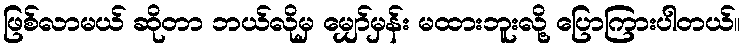
ဖြစ်လာမယ် ဆိုတာ ဘယ်လိုမှ မျှော်မှန်း မထားဘူးလို့ ပြောကြားပါတယ်။